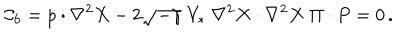
{ \cal C } _ { 6 } = p \cdot \nabla ^ { 2 } X - 2 \sqrt { - \gamma } \; V _ { * } \; \nabla ^ { 2 } X \cdot \nabla ^ { 2 } X \; \Pi \cdot P = 0 \, .